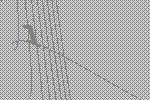
1